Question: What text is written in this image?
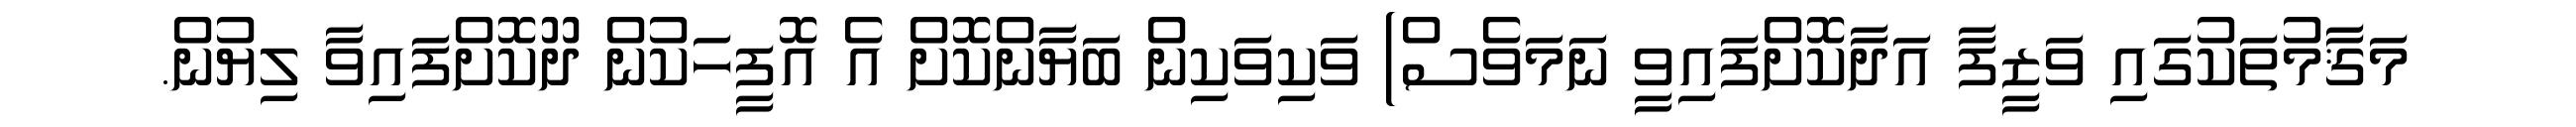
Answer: މަޤާމުތަކުގައި ވަޒީފާ އަދާކޮށްފައިވީ ނަމަވެސް) ވަކިވަކިން ބަޔާންކޮށް އެ އޮފީހަކުން ދޫކޮށްފައިވާ ލިޔުން.